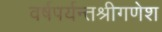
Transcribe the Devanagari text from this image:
वर्षपर्यन्तश्रीगणेश